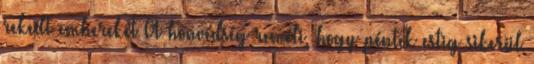
rekedt embereket A honvédség reméli, hogy péntek estig sikerül